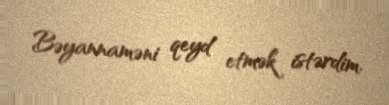
Bəyannaməni qeyd etmək istərdim.